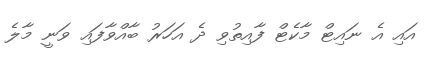
އައި އެ ނައިޓް މާކެޓް ފާއިތުވި ދެ އަހަރު ބާއްވާފައި ވަނީ މާލެ